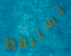
تستيقظ